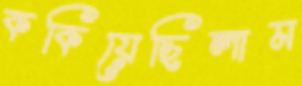
ককিয়েছিলাম